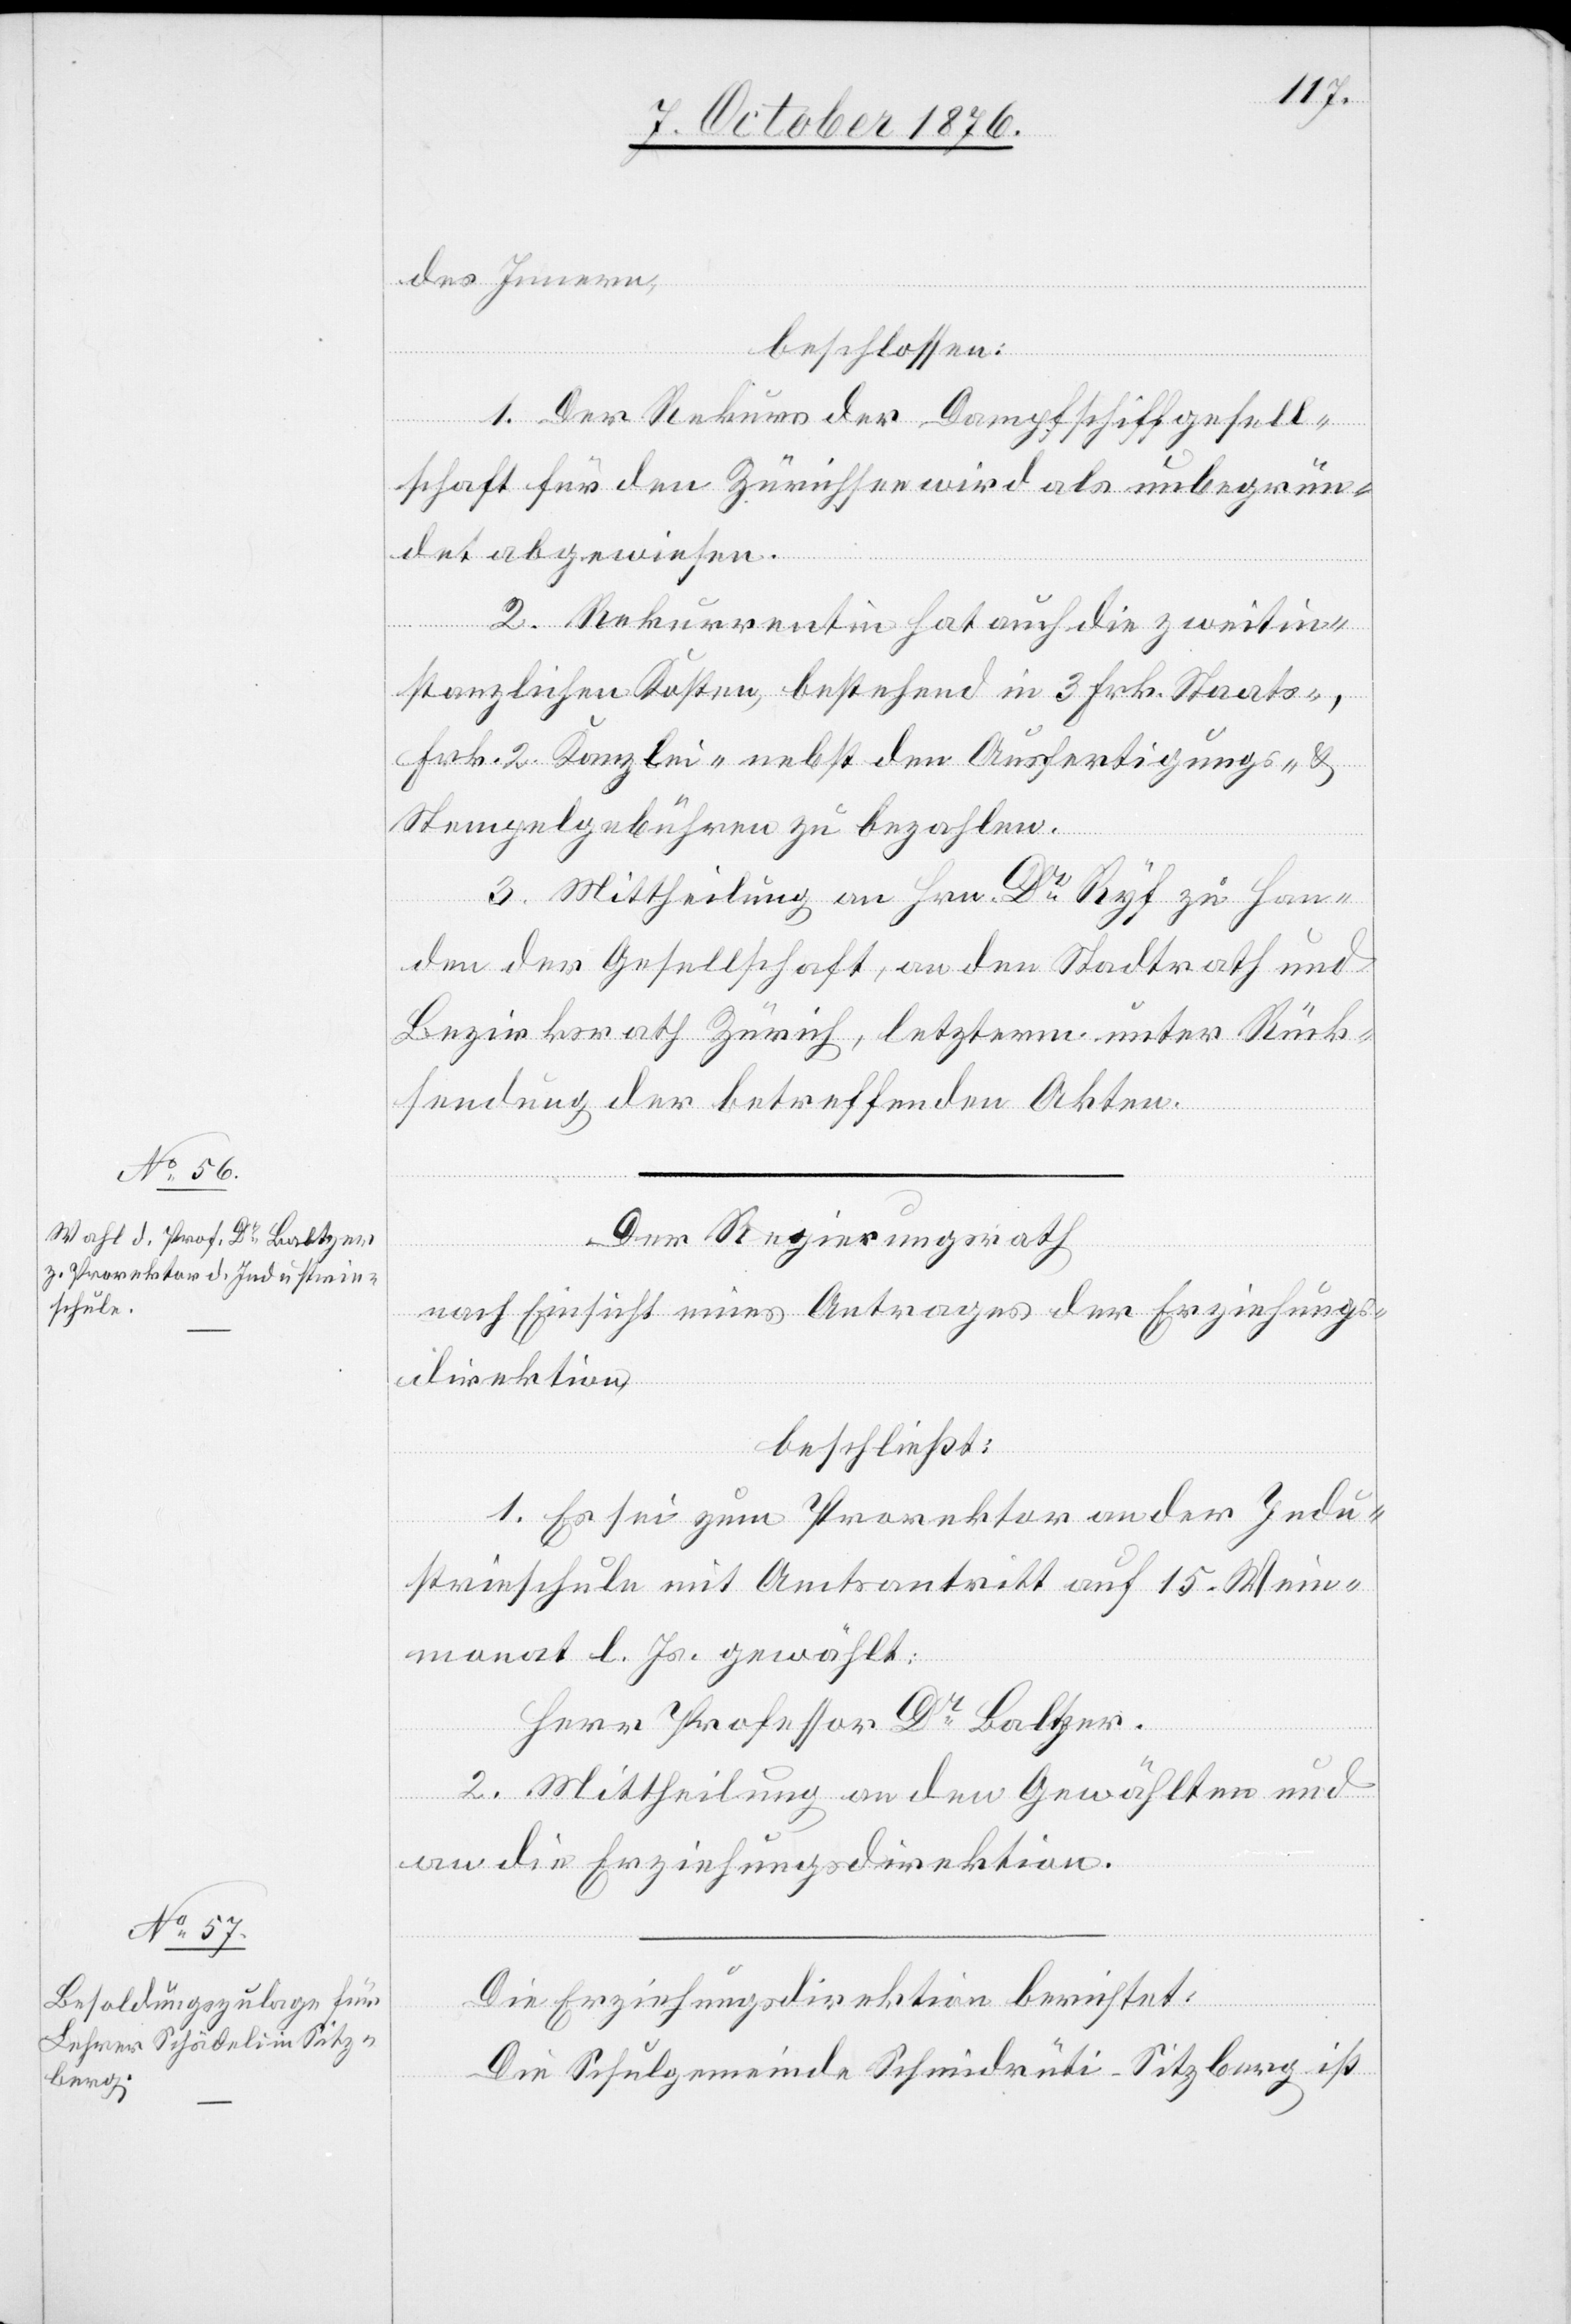
des Innern,
beschlossen:
1. Der Rekurs der Dampfschiffgesell¬
schaft für den Zürichsee wird als unbegrün¬
det abgewiesen.
2. Rekurrentin hat auch die zweitin¬
stanzlichen Kosten, bestehend in 3 Frk. Staats-,
Frk. 2 Kanzlei- nebst den Ausfertigungs- &
Stempelgebühren zu bezahlen.
3. Mittheilung an Hrn. Dr Ryf zu Han¬
den der Gesellschaft, an den Stadtrath und
Bezirksrath Zürich, letzterm unter Rück¬
sendung der betreffenden Akten.
Der Regierungsrath
nach Einsicht eines Antrages der Erziehungs¬
direktion,
beschließt:
1. Es sei zum Prorektor an der Indu¬
strieschule mit Amtsantritt auf 15. Wein¬
monat l. Js. gewählt:
Herr Professor Dr Baltzer.
2. Mittheilung an den Gewählten und
an die Erziehungsdirektion.
Die Erziehungsdirektion berichtet:
Die Schulgemeinde Schmidrüti - Sitzberg ist